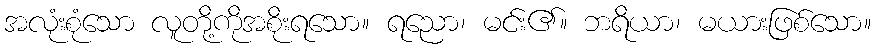
အလုံးစုံသော လူတို့ကိုအစိုးရသော။ ရညော၊ မင်း၏။ ဘရိယာ၊ မယားဖြစ်သော။